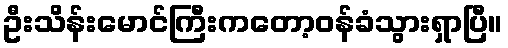
ဦးသိန်းမောင်ကြီးကတော့ဝန်ခံသွားရှာပြီ။